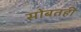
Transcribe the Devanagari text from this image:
सोबतही